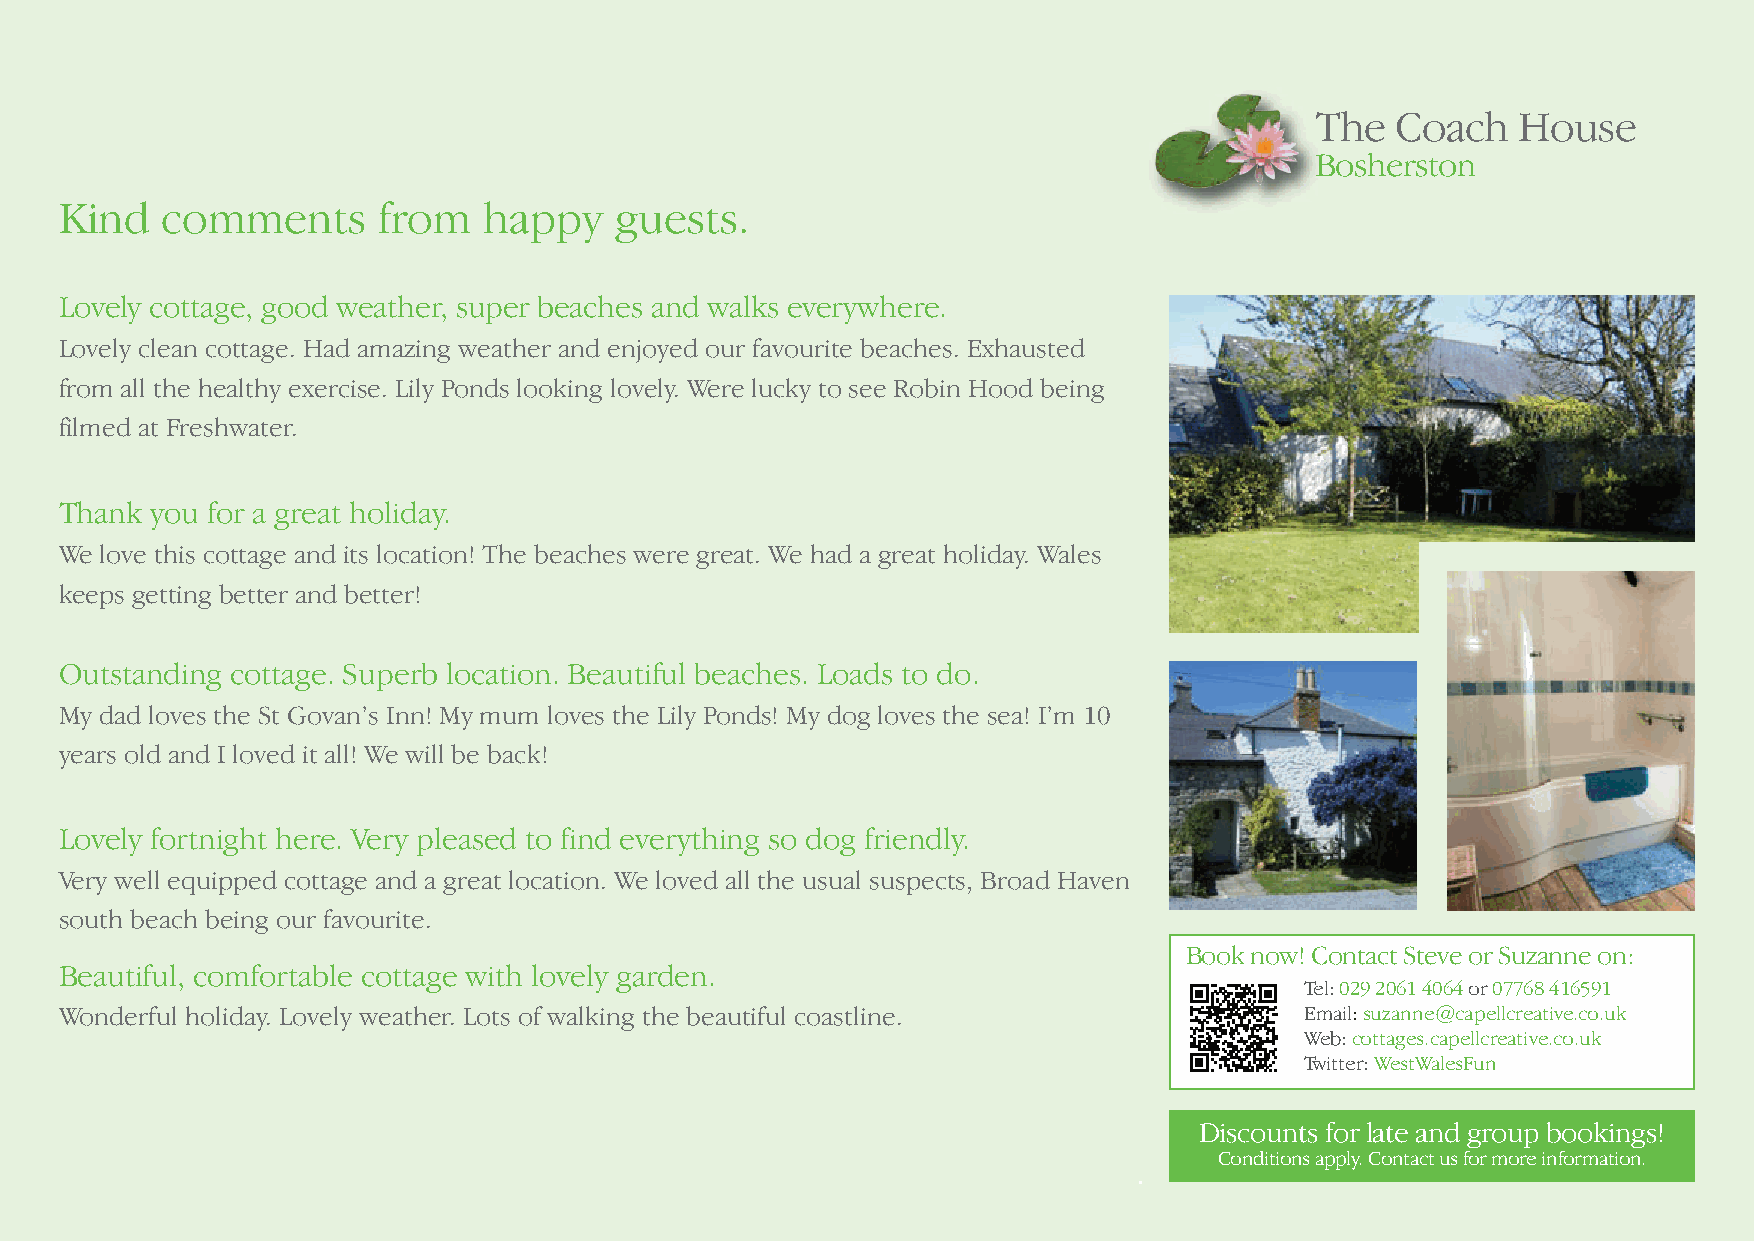
The  Coach    House
 Bosherston
 Kind   comments      from   happy    guests.
 Lovely cottage, good weather, super beaches and walks everywhere.
 Lovely clean cottage. Had amazing weather and enjoyed our favourite beaches. Exhausted
 from all the healthy exercise. Lily Ponds looking lovely. Were lucky to see Robin Hood being
 filmed at Freshwater.
 Thank you for a great holiday.
 We love this cottage and its location! The beaches were great. We had a great holiday. Wales
 keeps getting better and better!
 Outstanding cottage. Superb location. Beautiful beaches. Loads to do.
 My dad loves the St Govan’s Inn! My mum loves the Lily Ponds! My dog loves the sea! I’m 10
 years old and I loved it all! We will be back!
 Lovely fortnight here. Very pleased to find everything so dog friendly.
 Very well equipped cottage and a great location. We loved all the usual suspects, Broad Haven
 south beach being our favourite.
 Book now! Contact Steve or Suzanne on:
 Beautiful, comfortable cottage with lovely garden.
 Tel:029 2061 4064or07768 416591
 Wonderful holiday. Lovely weather. Lots of walking the beautiful coastline.       Email:suzanne@capellcreative.co.uk
 Web: cottages.capellcreative.co.uk
 Twitter: WestWalesFun
 Discounts for late and group bookings!
 Conditions apply. Contact us for more information.